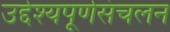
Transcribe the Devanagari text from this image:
उद्देश्यपूर्णसंचलन